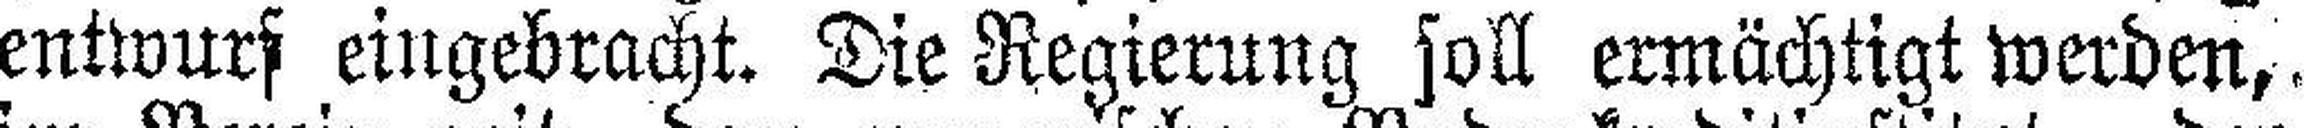
entwurf eingebracht. Die Regierung soll ermächtigt werden,